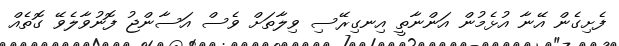
ފެށިގެން އޭނާ އުޅެމުން އަންނާތީ އިނގިރޭސި ވިލާތަށް ވެސް އަސާންޖު ފޮނުވާލެވޭ ގޮތެއް